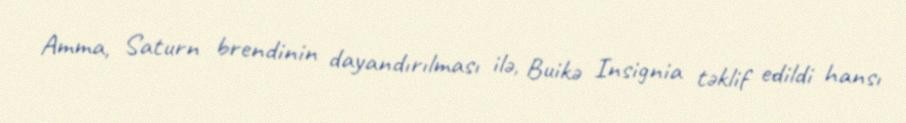
Amma, Saturn brendinin dayandırılması ilə, Buikə Insignia təklif edildi hansı